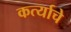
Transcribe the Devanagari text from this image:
कर्त्याचे